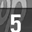
Digit: 5